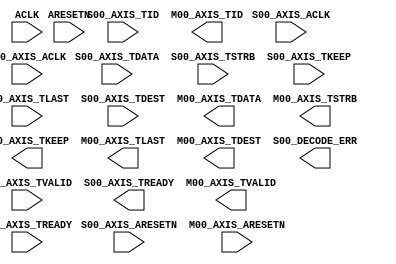
/*******************************************************************************
*     This file is owned and controlled by Xilinx and must be used solely      *
*     for design, simulation, implementation and creation of design files      *
*     limited to Xilinx devices or technologies. Use with non-Xilinx           *
*     devices or technologies is expressly prohibited and immediately          *
*     terminates your license.                                                 *
*                                                                              *
*     XILINX IS PROVIDING THIS DESIGN, CODE, OR INFORMATION "AS IS" SOLELY     *
*     FOR USE IN DEVELOPING PROGRAMS AND SOLUTIONS FOR XILINX DEVICES.  BY     *
*     PROVIDING THIS DESIGN, CODE, OR INFORMATION AS ONE POSSIBLE              *
*     IMPLEMENTATION OF THIS FEATURE, APPLICATION OR STANDARD, XILINX IS       *
*     MAKING NO REPRESENTATION THAT THIS IMPLEMENTATION IS FREE FROM ANY       *
*     CLAIMS OF INFRINGEMENT, AND YOU ARE RESPONSIBLE FOR OBTAINING ANY        *
*     RIGHTS YOU MAY REQUIRE FOR YOUR IMPLEMENTATION.  XILINX EXPRESSLY        *
*     DISCLAIMS ANY WARRANTY WHATSOEVER WITH RESPECT TO THE ADEQUACY OF THE    *
*     IMPLEMENTATION, INCLUDING BUT NOT LIMITED TO ANY WARRANTIES OR           *
*     REPRESENTATIONS THAT THIS IMPLEMENTATION IS FREE FROM CLAIMS OF          *
*     INFRINGEMENT, IMPLIED WARRANTIES OF MERCHANTABILITY AND FITNESS FOR A    *
*     PARTICULAR PURPOSE.                                                      *
*                                                                              *
*     Xilinx products are not intended for use in life support appliances,     *
*     devices, or systems.  Use in such applications are expressly             *
*     prohibited.                                                              *
*                                                                              *
*     (c) Copyright 1995-2016 Xilinx, Inc.                                     *
*     All rights reserved.                                                     *
*******************************************************************************/

/*******************************************************************************
*     Generated from core with identifier:                                     *
*     xilinx.com:ip:axis_interconnect:1.1                                      *
*                                                                              *
*     The AXI4-Stream Interconnect IP provides the infrastructure to           *
*     connect multiple AXI4-Stream masters and slaves.  The configurable       *
*     interconnect features a 16x16 switch, data FIFOs, register slices,       *
*     data width converters and clock rate converters.                         *
*******************************************************************************/
// Synthesized Netlist Wrapper
// This file is provided to wrap around the synthesized netlist (if appropriate)

// Interfaces:
//    S00_AXIS
//    S01_AXIS
//    S02_AXIS
//    S03_AXIS
//    S04_AXIS
//    S05_AXIS
//    S06_AXIS
//    S07_AXIS
//    S08_AXIS
//    S09_AXIS
//    S10_AXIS
//    S11_AXIS
//    S12_AXIS
//    S13_AXIS
//    S14_AXIS
//    S15_AXIS
//    M00_AXIS
//    M01_AXIS
//    M02_AXIS
//    M03_AXIS
//    M04_AXIS
//    M05_AXIS
//    M06_AXIS
//    M07_AXIS
//    M08_AXIS
//    M09_AXIS
//    M10_AXIS
//    M11_AXIS
//    M12_AXIS
//    M13_AXIS
//    M14_AXIS
//    M15_AXIS
//    RSTIF
//    CLKIF
//    CLKENIF
//    S00_RSTIF
//    S00_CLKIF
//    S00_CLKENIF
//    M00_RSTIF
//    M00_CLKIF
//    M00_CLKENIF
//    S01_RSTIF
//    S01_CLKIF
//    S01_CLKENIF
//    M01_RSTIF
//    M01_CLKIF
//    M01_CLKENIF
//    S02_RSTIF
//    S02_CLKIF
//    S02_CLKENIF
//    M02_RSTIF
//    M02_CLKIF
//    M02_CLKENIF
//    S03_RSTIF
//    S03_CLKIF
//    S03_CLKENIF
//    M03_RSTIF
//    M03_CLKIF
//    M03_CLKENIF
//    S04_RSTIF
//    S04_CLKIF
//    S04_CLKENIF
//    M04_RSTIF
//    M04_CLKIF
//    M04_CLKENIF
//    S05_RSTIF
//    S05_CLKIF
//    S05_CLKENIF
//    M05_RSTIF
//    M05_CLKIF
//    M05_CLKENIF
//    S06_RSTIF
//    S06_CLKIF
//    S06_CLKENIF
//    M06_RSTIF
//    M06_CLKIF
//    M06_CLKENIF
//    S07_RSTIF
//    S07_CLKIF
//    S07_CLKENIF
//    M07_RSTIF
//    M07_CLKIF
//    M07_CLKENIF
//    S08_RSTIF
//    S08_CLKIF
//    S08_CLKENIF
//    M08_RSTIF
//    M08_CLKIF
//    M08_CLKENIF
//    S09_RSTIF
//    S09_CLKIF
//    S09_CLKENIF
//    M09_RSTIF
//    M09_CLKIF
//    M09_CLKENIF
//    S10_RSTIF
//    S10_CLKIF
//    S10_CLKENIF
//    M10_RSTIF
//    M10_CLKIF
//    M10_CLKENIF
//    S11_RSTIF
//    S11_CLKIF
//    S11_CLKENIF
//    M11_RSTIF
//    M11_CLKIF
//    M11_CLKENIF
//    S12_RSTIF
//    S12_CLKIF
//    S12_CLKENIF
//    M12_RSTIF
//    M12_CLKIF
//    M12_CLKENIF
//    S13_RSTIF
//    S13_CLKIF
//    S13_CLKENIF
//    M13_RSTIF
//    M13_CLKIF
//    M13_CLKENIF
//    S14_RSTIF
//    S14_CLKIF
//    S14_CLKENIF
//    M14_RSTIF
//    M14_CLKIF
//    M14_CLKENIF
//    S15_RSTIF
//    S15_CLKIF
//    S15_CLKENIF
//    M15_RSTIF
//    M15_CLKIF
//    M15_CLKENIF

module AXI_Stream (
  ACLK,
  ARESETN,
  S00_AXIS_ACLK,
  S00_AXIS_ARESETN,
  S00_AXIS_TVALID,
  S00_AXIS_TREADY,
  S00_AXIS_TDATA,
  S00_AXIS_TSTRB,
  S00_AXIS_TKEEP,
  S00_AXIS_TLAST,
  S00_AXIS_TID,
  S00_AXIS_TDEST,
  M00_AXIS_ACLK,
  M00_AXIS_ARESETN,
  M00_AXIS_TVALID,
  M00_AXIS_TREADY,
  M00_AXIS_TDATA,
  M00_AXIS_TSTRB,
  M00_AXIS_TKEEP,
  M00_AXIS_TLAST,
  M00_AXIS_TID,
  M00_AXIS_TDEST,
  S00_DECODE_ERR
);

  input ACLK;
  input ARESETN;
  input S00_AXIS_ACLK;
  input S00_AXIS_ARESETN;
  input S00_AXIS_TVALID;
  output S00_AXIS_TREADY;
  input [7 : 0] S00_AXIS_TDATA;
  input [0 : 0] S00_AXIS_TSTRB;
  input [0 : 0] S00_AXIS_TKEEP;
  input S00_AXIS_TLAST;
  input [0 : 0] S00_AXIS_TID;
  input [0 : 0] S00_AXIS_TDEST;
  input M00_AXIS_ACLK;
  input M00_AXIS_ARESETN;
  output M00_AXIS_TVALID;
  input M00_AXIS_TREADY;
  output [7 : 0] M00_AXIS_TDATA;
  output [0 : 0] M00_AXIS_TSTRB;
  output [0 : 0] M00_AXIS_TKEEP;
  output M00_AXIS_TLAST;
  output [0 : 0] M00_AXIS_TID;
  output [0 : 0] M00_AXIS_TDEST;
  output S00_DECODE_ERR;

  // WARNING: This file provides a module declaration only, it does not support
  //          direct instantiation. Please use an instantiation template (VEO) to
  //          instantiate the IP within a design.

endmodule